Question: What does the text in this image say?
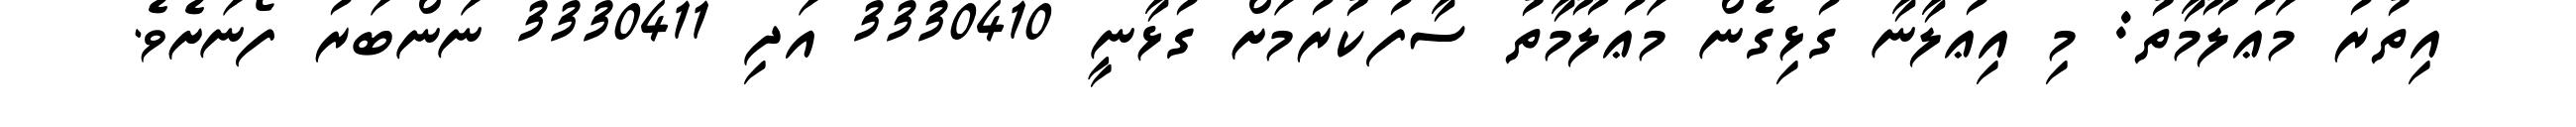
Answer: އިތުރު މަޢުލޫމާތު: މި އިޢުލާނާ ގުޅިގެން މަޢުލޫމާތު ސާފުކުރުމަށް ގުޅާނީ 3330410 އަދި 3330411 ނަންބަރު ފޯނަށެވެ.